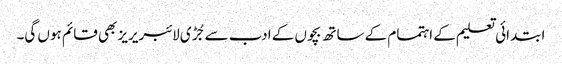
ابتدائی تعلیم کے اہتمام کے ساتھ بچوں کے ادب سے جُڑی لائبریریز بھی قائم ہوں گی۔